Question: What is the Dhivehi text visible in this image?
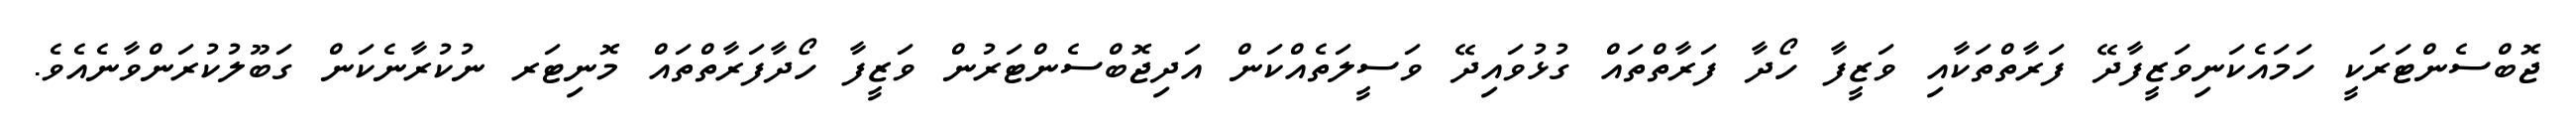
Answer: ޖޮބްސެންޓަރަކީ ހަމައެކަނިވަޒީފާދޭ ފަރާތްތަކާއި ވަޒީފާ ހޯދާ ފަރާތްތައް ގުޅުވައިދޭ ވަސީލަތެއްކަން އަދިޖޮބްސެންޓަރުން ވަޒީފާ ހޯދާފަރާތްތައް މޮނިޓަރ ނުކުރާނެކަން ގަބޫލުކުރަންވާނެއެވެ.